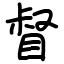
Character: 督